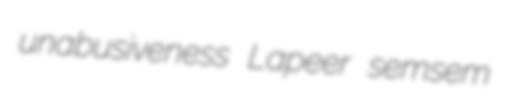
unabusiveness Lapeer semsem